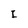
Character: I